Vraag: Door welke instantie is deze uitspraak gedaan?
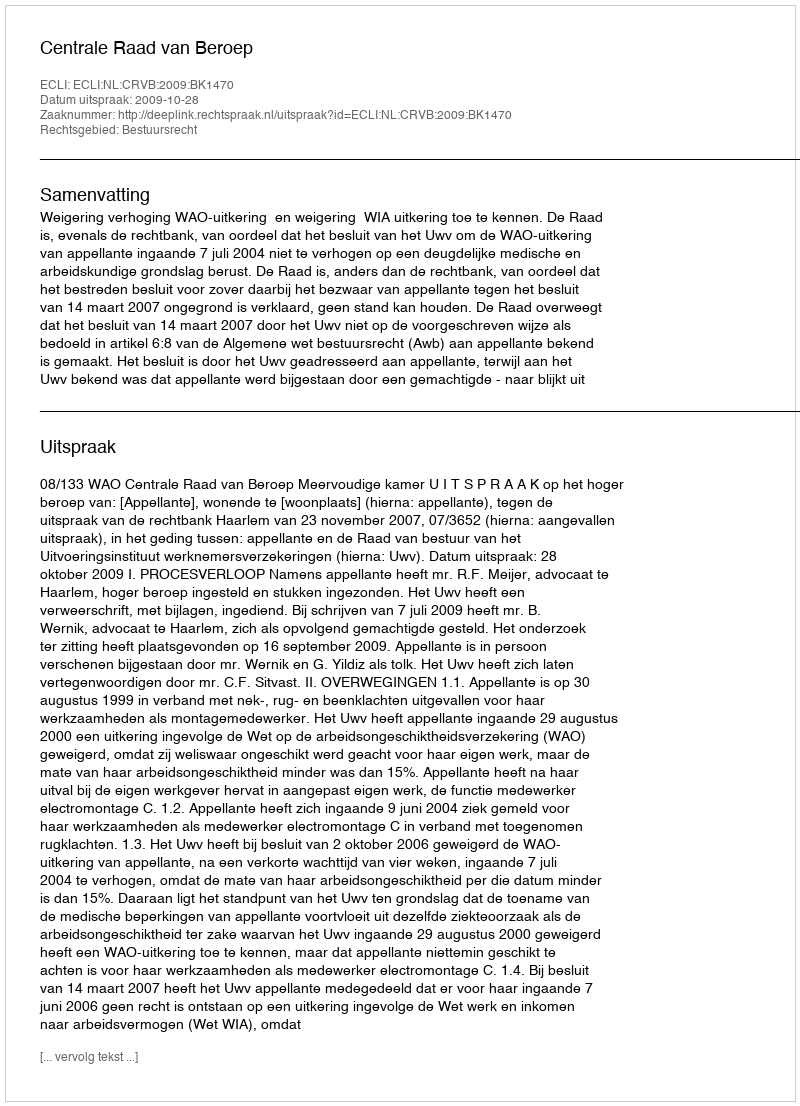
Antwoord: Centrale Raad van Beroep